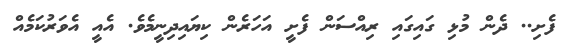
ފެށި.. ދެން މުޅި ގައިގައި ރިއްސަން ފެށީ އަހަރެން ކިޔައިދިނީމެވެ. އެއީ އެވަރުކަމެއް